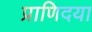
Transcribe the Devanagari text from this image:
प्राणिदया